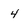
Character: 4